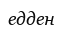
едден